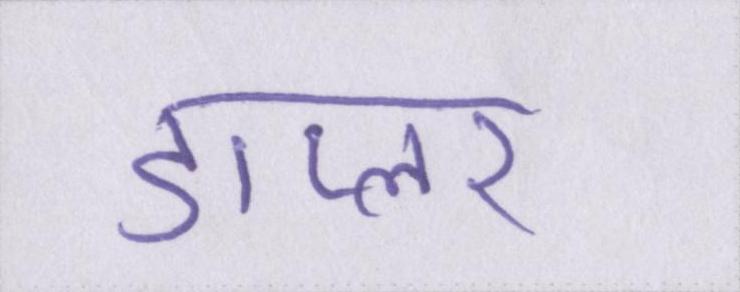
डाप्लर